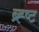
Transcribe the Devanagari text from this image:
ब्र्ह्ष्ट